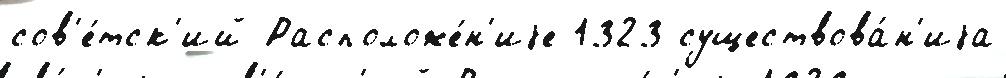
сов'е́тск'ий Расположе́н'иjе 1323 существова́н'иjа